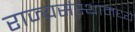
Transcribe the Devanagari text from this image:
राज्यसंस्थामध्ये